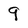
Character: 9